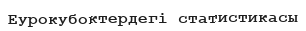
Еурокубоктердегі статистикасы